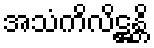
အသံကိလိဋ္ဌန္တိ